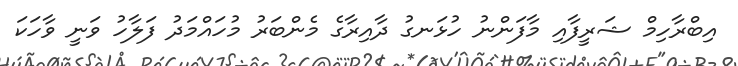
އިބްރާހިމް ޝަރީފާއި މާފަންނު ހުޅަނގު ދާއިރާގެ މެންބަރު މުހައްމަދު ފަލާހު ވަނީ ވާހަކަ